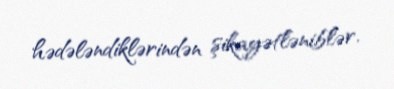
hədələndiklərindən şikayətləniblər.